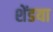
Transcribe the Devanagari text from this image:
शेंडया